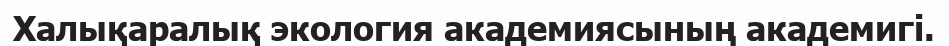
Халықаралық экология академиясының академигі.